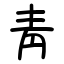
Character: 靑